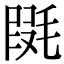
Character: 𣮱